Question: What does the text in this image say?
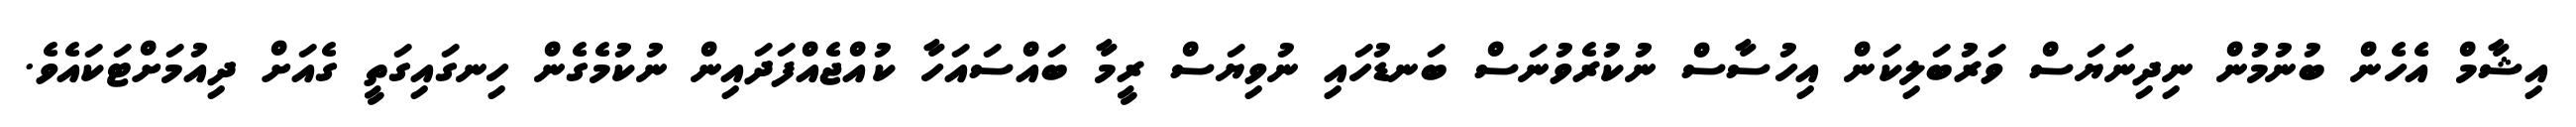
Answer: އިޝާމް އެހެން ބުނުމުން ނިދިނަޔަސް ވަރުބަލިކަން އިހުސާސް ނުކުރެވުނަސް ބަނޑުހައި ނުވިޔަސް ރީމާ ބައްސައަހާ ކުއްޖެއްފަދައިން ނުކުމެގެން ހިނގައިގަތީ ގެއަށް ދިއުމަށްޓަކައެވެ.